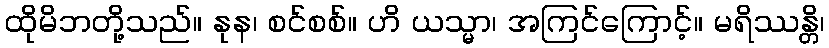
ထိုမိဘတို့သည်။ နုန၊ စင်စစ်။ ဟိ ယသ္မာ၊ အကြင်ကြောင့်။ မရိဿန္တိ၊